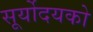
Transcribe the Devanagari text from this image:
सूर्योदयको